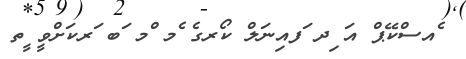
ެއސްކޭޕް އަ ިދ ަފއިނަލް ކޯރގެ ެމ ްމ ަބ ަރކަށްވީ ީތ